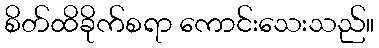
စိတ်ထိခိုက်စရာ ကောင်းသေးသည်။